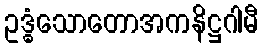
ဥဒ္ဓံသောတောအကနိဋ္ဌဂါမီ